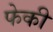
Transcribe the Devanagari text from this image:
फेकी